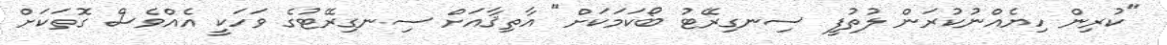
"ކުރިން ހިޔެއްނުކުރަން ލުތުފީ ސިނގިރޭޓު ބޯކަމަކަށް" އާތިޤާއަށް ސިނގިރޭޓުގެ ވަހަކީ އެއްވެސް ގޮތަކަށް